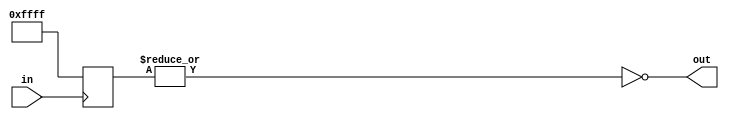
module nor_gate_delay(
    input wire in,
    output wire out
);

reg [15:0] delay_counter;

always @ (posedge in) begin
    delay_counter <= 16'hFFFF; // Fixed delay of 16 clock cycles
end

assign out = ~(|delay_counter);

endmodule